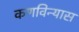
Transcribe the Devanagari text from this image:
कणविन्यास